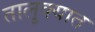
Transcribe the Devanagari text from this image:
तालु्क्यात